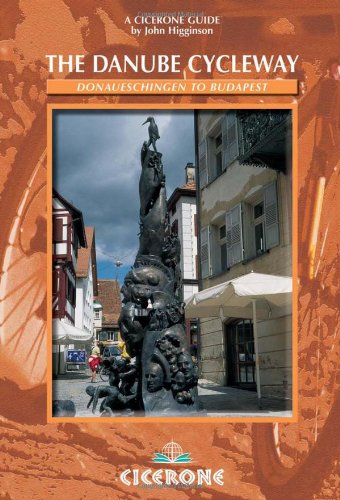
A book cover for The Danube Cycleway: Donaueschingen to Budapest; John Higginson; Travel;